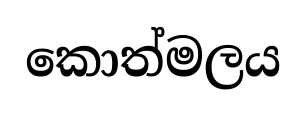
කොත්මලය